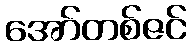
အော်တစ်ဇင်